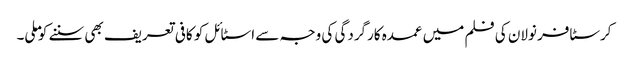
کرسٹافر نولان کی فلم میں عمدہ کارگردگی کی وجہ سے اسٹائل کو کافی تعریف بھی سننے کو ملی۔